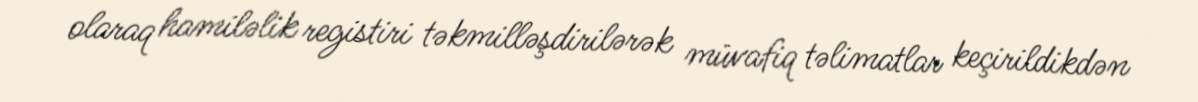
olaraq hamiləlik registiri təkmilləşdirilərək müvafiq təlimatlar keçirildikdən